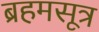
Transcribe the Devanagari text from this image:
ब्रहमसूत्र